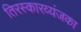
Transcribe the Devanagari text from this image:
तिरस्कारव्यंजका